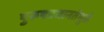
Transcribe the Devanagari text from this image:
पुरूषप्रधानतेमुळे